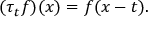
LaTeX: ( \tau _ { t } f ) ( x ) = f ( x - t ) .